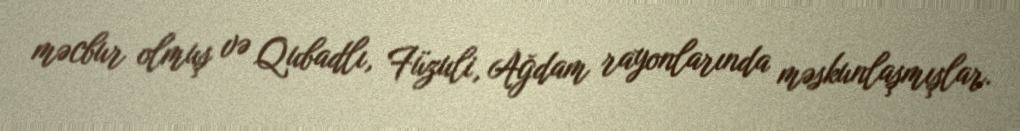
məcbur olmuş və Qubadlı, Füzuli, Ağdam rayonlarında məskunlaşmışlar.